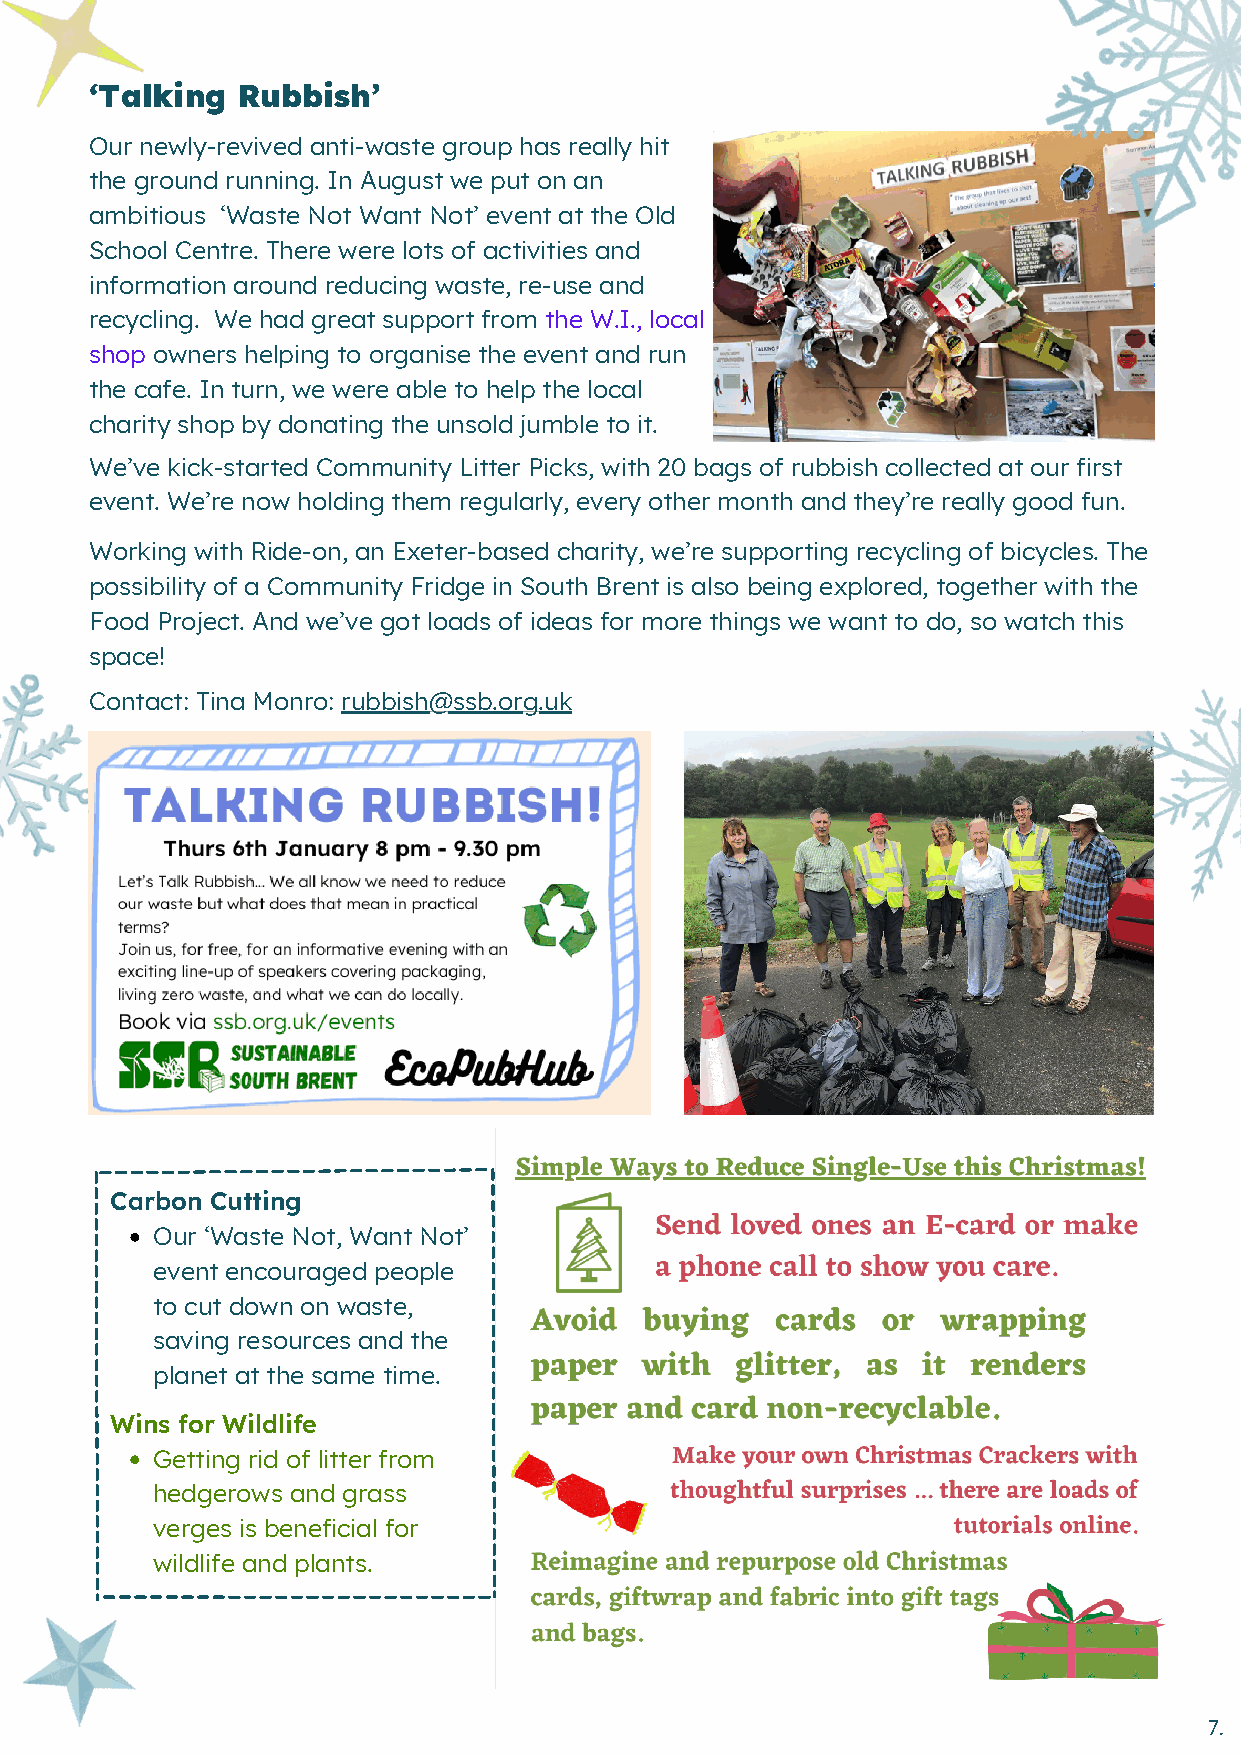
‘Talking  Rubbish’
 Our newly-revived anti-waste group has really hit
 the ground running. In August we put on an
 ambitious ‘Waste Not Want Not’ event at the Old
 School Centre. There were lots of activities and
 information around reducing waste, re-use and
 recycling. We had great support from the W.I., local
 shop owners helping to organise the event and run
 the cafe. In turn, we were able to help the local
 charity shop by donating the unsold jumble to it.
 We’ve kick-started Community Litter Picks, with 20 bags of rubbish collected at our first
 event. We’re now holding them regularly, every other month and they’re really good fun.
 Working with Ride-on, an Exeter-based charity, we’re supporting recycling of bicycles. The
 possibility of a Community Fridge in South Brent is also being explored, together with the
 Food Project. And we’ve got loads of ideas for more things we want to do, so watch this
 space!
 Contact: Tina Monro: rubbish@ssb.org.uk
 Carbon Cutting
 Our ‘Waste Not, Want Not’
 event encouraged people
 to cut down on waste,
 saving resources and the
 planet at the same time.
 Wins for Wildlife
 Getting rid of litter from
 hedgerows and grass
 verges is beneficial for
 wildlife and plants.
 7.